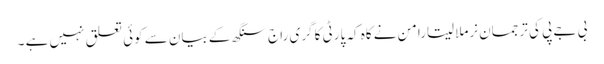
بی جے پی کی ترجمان نرملا سیتارامن نے کاہ کہ پارٹی کا گری راج سنگھ کے بیان سے کوئی تعلق نہیں ہے ۔